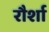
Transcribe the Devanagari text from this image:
रौर्शा